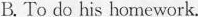
B. To do his homework.